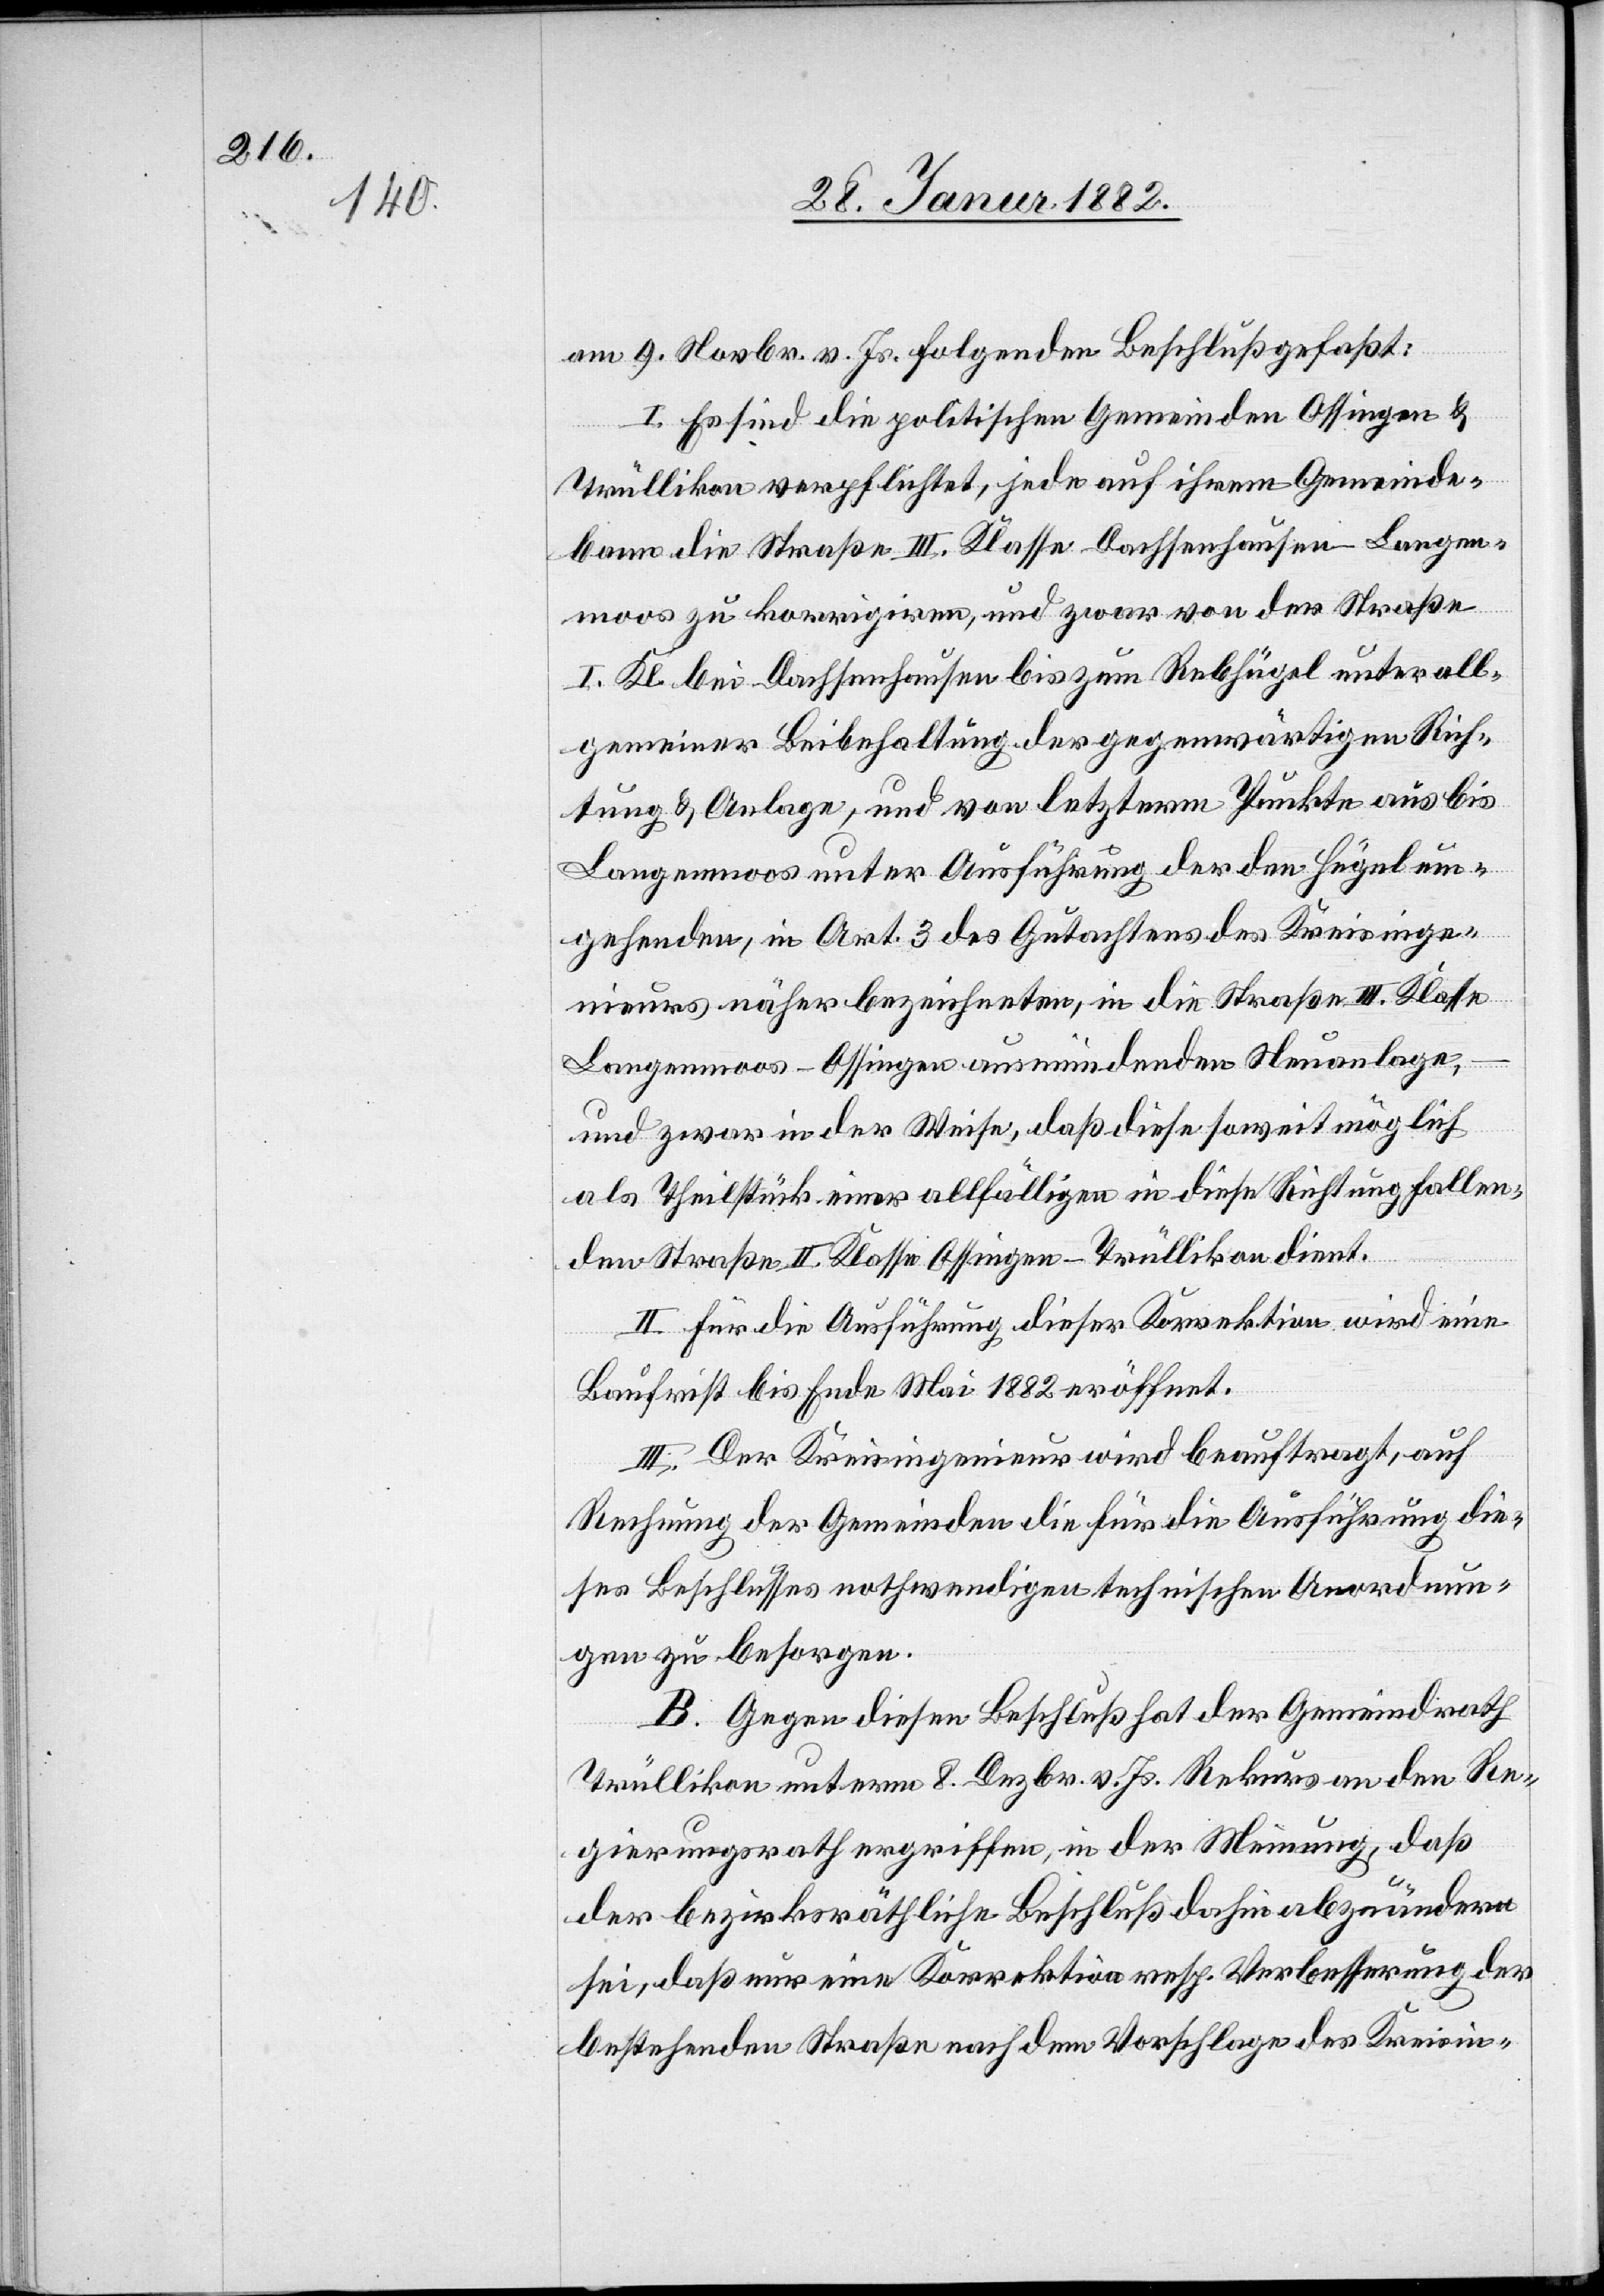
am 9. Novbr. v. Js. folgenden Beschluß gefaßt:
I. Es sind die politischen Gemeinden Ossingen &
Trüllikon verpflichtet, jede auf ihrem Gemeinde¬
bann die Straße III. Klasse Dachsenhausen–Langen¬
moos zu korrigieren, und zwar von der Straße
I. Kl. bei Dachsenhausen bis zum Rebhügel unter all¬
gemeiner Beibehaltung der gegenwärtigen Rich¬
tung & Anlage, und von letzterm Punkte aus bis
Langenmoos unter Ausführung der den Hügel um¬
gehenden, im Art. 3 des Gutachtens des Kreisinge¬
nieurs näher bezeichneten, in die Straße III. Klasse
Langenmoos–Ossingen ausmündenden Neuanlage,
und zwar in der Weise, daß diese soweit möglich
als Theilstück einer allfälligen in diese Richtung fallen¬
den Straße II. Klasse Offingen–Trüllikon dient.
II. Für die Ausführung dieser Korrektion wird eine
Baufrist bis Ende Mai 1882 eröffnet.
III. Der Kreisingenieur wird beauftragt, auf
Rechnung der Gemeinden die für die Ausführung die¬
ses Beschlusses nothwendigen technischen Anordnun¬
gen zu besorgen.
B. Gegen diesen Beschluß hat der Gemeinderath
Trüllikon unterm 8. Dezbr. v. Js. Rekurs an den Re¬
gierungsrath ergriffen, in der Meinung, daß
der bezirksräthliche Beschluß dahin abzuändern
sei, daß nur eine Korrektion resp. Verbesserung der
bestehenden Straßen nach dem Vorschlage des Kreisin-